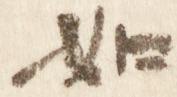
如